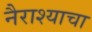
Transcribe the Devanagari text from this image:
नैराश्याचा